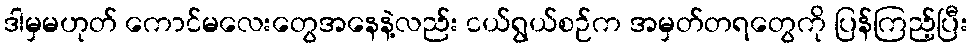
ဒါမှမဟုတ် ကောင်မလေးတွေအနေနဲ့လည်း ငယ်ရွယ်စဉ်က အမှတ်တရတွေကို ပြန်ကြည့်ပြီး